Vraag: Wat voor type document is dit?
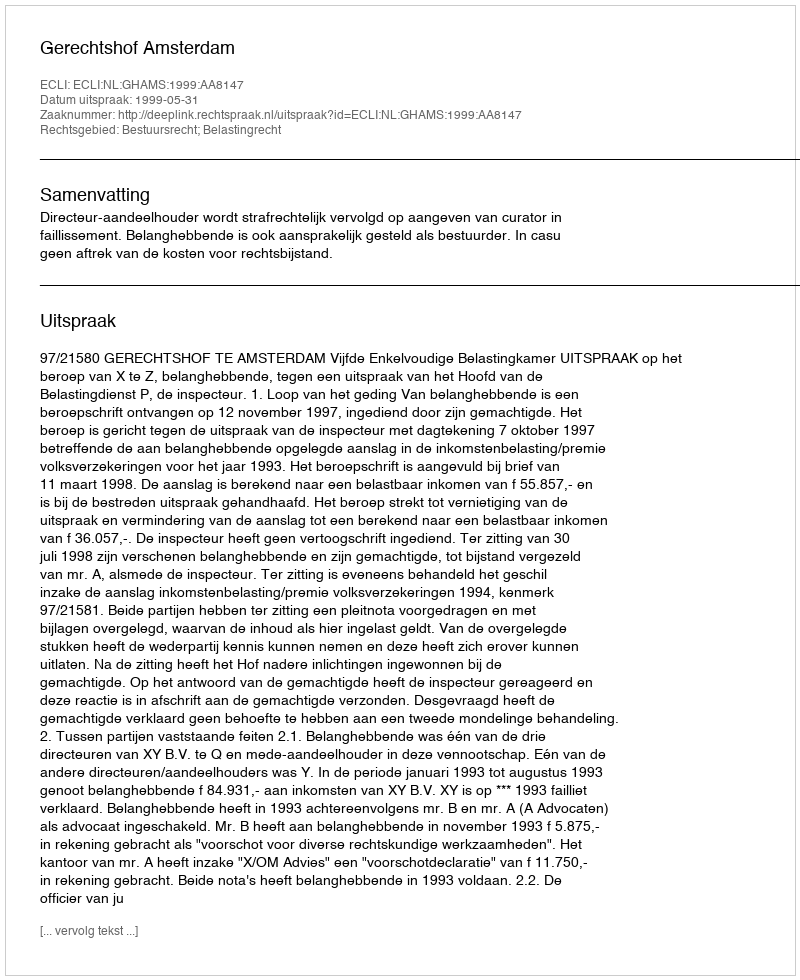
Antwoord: Uitspraak